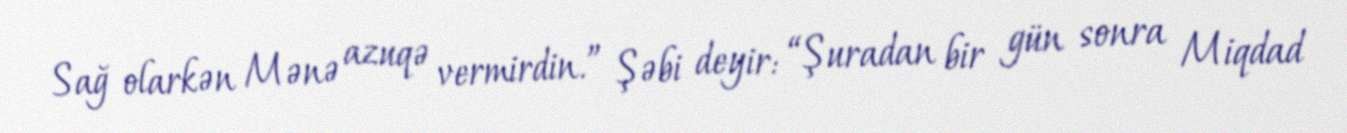
Sağ olarkən Mənə azuqə vermirdin.” Şəbi deyir: “Şuradan bir gün sonra Miqdad